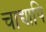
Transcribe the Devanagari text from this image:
चाद्यापि